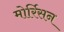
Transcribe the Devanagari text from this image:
मोर्रिसन